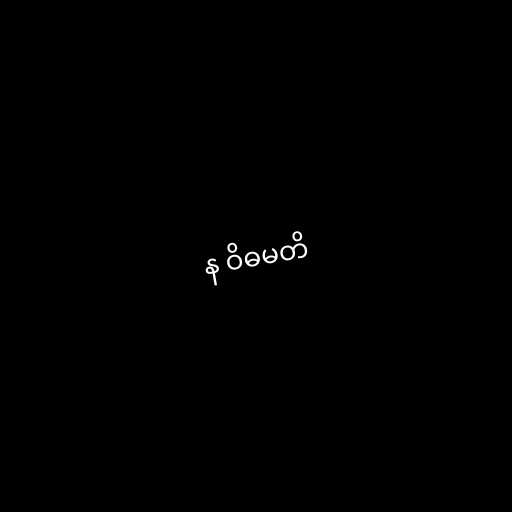
န ဝိဓမတိ